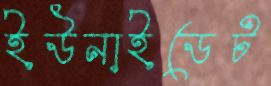
ইউনাইডেট